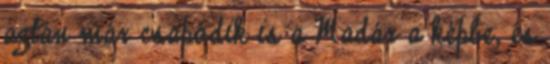
aztán már csapódik is a Madár a képbe, és